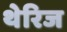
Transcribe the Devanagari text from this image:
थेरिज